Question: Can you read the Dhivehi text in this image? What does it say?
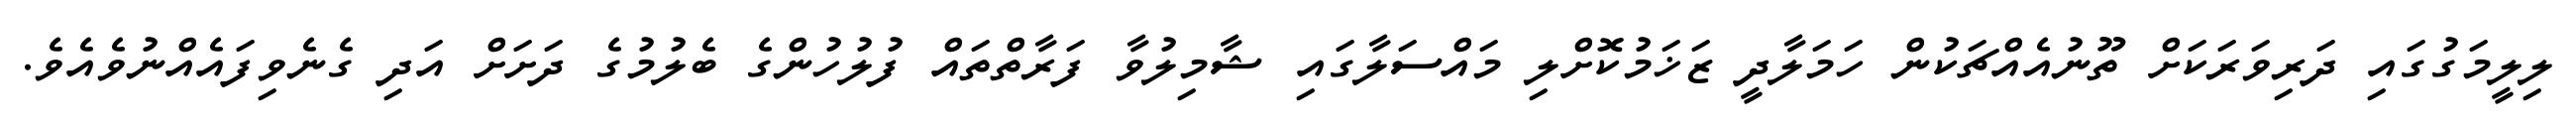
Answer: ލިލީމަގުގައި ދަރިވަރަކަށް ތޫނުއެއްޗަކުން ހަމަލާދީ ޒަޚަމުކޮށްލި މައްސަލާގައި ޝާމިލުވާ ފަރާތްތައް ފުލުހުންގެ ބެލުމުގެ ދަށަށް އަދި ގެނެވިފައެއްނުވެއެވެ.